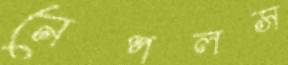
নেপলস